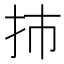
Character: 㧊